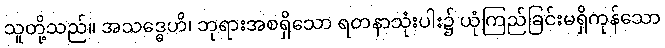
သူတို့သည်။ အသဒ္ဓေဟိ၊ ဘုရားအစရှိသော ရတနာသုံးပါး၌ ယုံကြည်ခြင်းမရှိကုန်သော